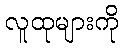
လူထုများကို